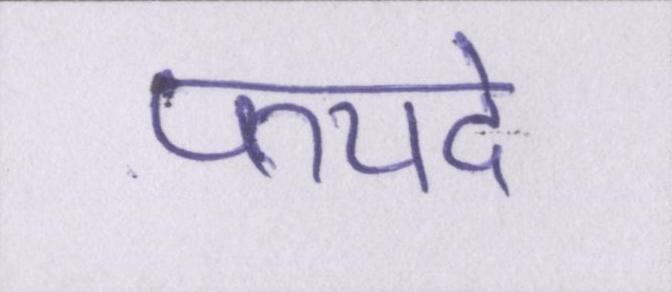
फयदे